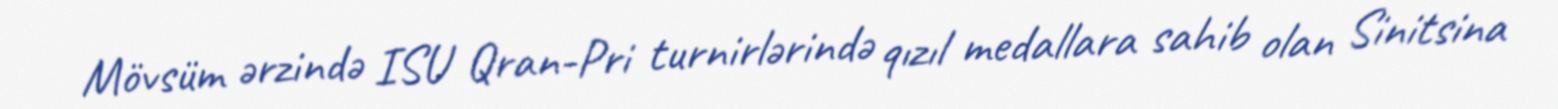
Mövsüm ərzində ISU Qran-Pri turnirlərində qızıl medallara sahib olan Sinitsina